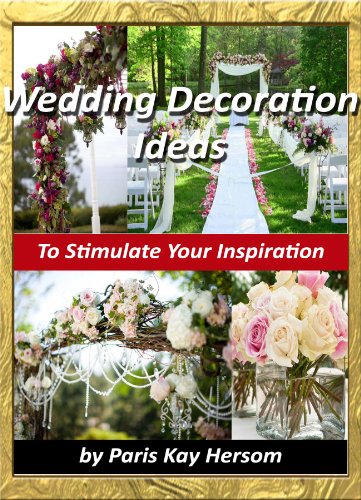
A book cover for Wedding Decoration Ideas - Wedding Planning On A Budget, Cheap Wedding Decorating Ideas DIY Outdoor or Indoor Wedding Book; Paris Kay Hersom; Crafts, Hobbies & Home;